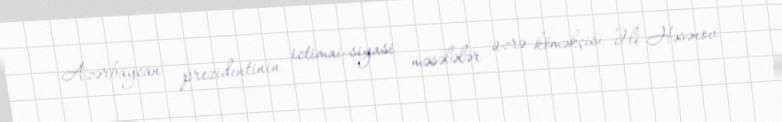
Azərbaycan prezidentinin ictimai-siyasi məsələlər üzrə köməkçisi Əli Həsənov